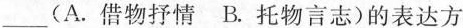
___ (A.借物抒情 B.托物言志）的表达方